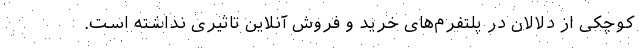
کوچکی از دلالان در پلتفرم‌های خرید و فروش آنلاین تاثیری نداشته است.